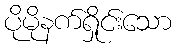
ပိုမိုနက်ရှိုင်းသော